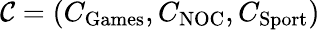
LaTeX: \mathcal{C}=(C_{\mathrm{Games}},C_{\mathrm{NOC}},C_{\mathrm{Sport}})